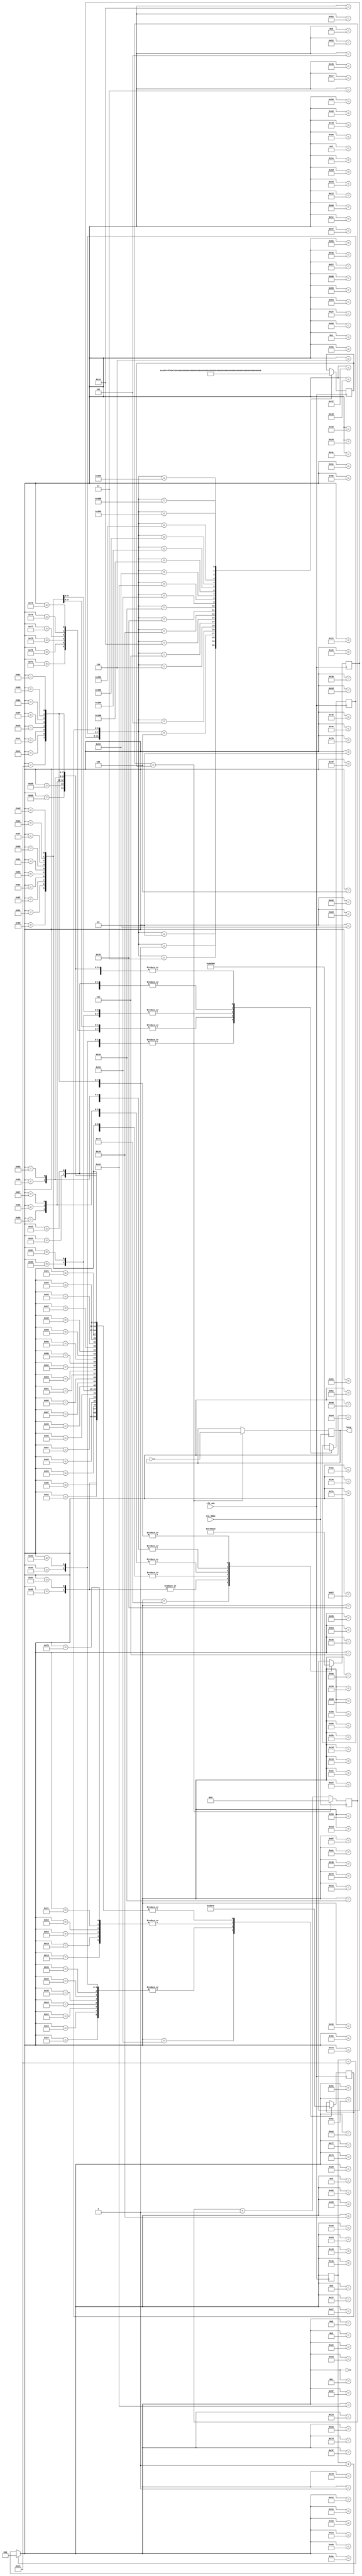
`timescale 1ns / 1ps
//////////////////////////////////////////////////////////////////////////////////
// Company: 
// Engineer: 
// 
// Design Name: 
// Module Name:    song3 
// Project Name: 
// Target Devices: 
// Tool versions: 
// Description: 
//
// Dependencies: 
//
// Revision: 
// Revision 0.01 - File Created
// Additional Comments: 
//
//////////////////////////////////////////////////////////////////////////////////

//song3
module song3(clk_5MHz,clk_4Hz,beep);
	
input clk_5MHz,clk_4Hz;				       //,50Mhz
output beep;					   //

reg  [3:0]high,med,low;
reg  [15:0]origin;
reg	beep_r;					   //
reg  [7:0]state;					   
reg  [15:0]count;			

assign beep = beep_r;	          //

always @(posedge clk_5MHz)
begin
	count <= count + 1'b1;					  //1
	if(count == origin)
	begin
		count <= 16'h0;					      //
		beep_r <= !beep_r;				      //
	end
end

always@(posedge clk_4Hz)
begin
	case({high,med,low})
		'b000000000001:origin=22900; //1
		'b000000000010:origin=20408; //2
		'b000000000011:origin=18181; //3
		'b000000000100:origin=17142; //4
		'b000000000101:origin=15267; //5
		'b000000000110:origin=13605; //6
		'b000000000111:origin=12121; //7
		'b000000010000:origin=11472; //1
		'b000000100000:origin=10216; //2
		'b000000110000:origin=9101;  //3
		'b000000111000:origin=8571;  //4
		'b000001010000:origin=7653;  //5
		'b000001100000:origin=6818;  //6
		'b000010000000:origin=6060;  //7
		'b000100000000:origin=5733;  //1
		'b001000000000:origin=5108;  //2
		'b001100000000:origin=4551;  //3
		'b001010000000:origin=4294;  //4
		'b010000000000:origin=3826;  //5
		'b011000000000:origin=3409;  //6
		'b010100000000:origin=3050;  //7
	endcase
end


always @(posedge clk_4Hz)	
begin
	if(state ==195)
		state = 0;
	else
		state = state + 1'b1; 
	case(state)
		0:								{high,med,low}='b000001100000;//6
		1:					    		{high,med,low}='b000010000000;//7
		2,3,4:						{high,med,low}='b000100000000;//1
		5:								{high,med,low}='b000010000000;//7
		6,7:                		{high,med,low}='b000100000000;//1
		8,9:							{high,med,low}='b001100000000;//3
		10,11,12,13,14,15:				            
										{high,med,low}='b000010000000;//7
		16,17:            		{high,med,low}='b000000110000;//3
		18,19,20:					{high,med,low}='b000001100000;//6
		21:		 					{high,med,low}='b000001010000;//5
		22,23:              	 	{high,med,low}='b000001100000;//6
		24,25:						{high,med,low}='b000000000111;//1
		26,27,28,29,30,31:
										{high,med,low}='b000001010000;//5   							
		32:				       	{high,med,low}='b000000110000;//3
		33:			          	{high,med,low}='b000000110000;//3
		
		34,35,36:				 	{high,med,low}='b000000111000;//4
		37:					    	{high,med,low}='b000000110000;//3
		38:					    	{high,med,low}='b000000111000;//4
		39,40,41:				 	{high,med,low}='b000100000000;//1
		42,43,44:             	{high,med,low}='b000000110000;//3
		45,46,47:			    	{high,med,low}='b000100000000;//1
		48,49,50:		       	{high,med,low}='b000010000000;//7
		51,52,53:             	{high,med,low}='b000000111000;//4
		54,55,56,57,58,59,60,61:
										{high,med,low}='b000010000000;//7
		62:					    	{high,med,low}='b000001100000;//6
		63:				       	{high,med,low}='b000010000000;//7
		
		64,65,66:	          	{high,med,low}='b000100000000;//1
		67:					    	{high,med,low}='b010100000000;//7
		68,69:			       	{high,med,low}='b000100000000;//1
		70,71:			       	{high,med,low}='b001100000000;//3
		72,73,74:				 	{high,med,low}='b000010000000;//7
		75,76:			       	{high,med,low}='b000000110000;//3
		77,78,79:    			 	{high,med,low}='b000001100000;//6
		80:					    	{high,med,low}='b000000000101;//5
		81,82:			       	{high,med,low}='b000001100000;//6			
		83,84:                	{high,med,low}='b000000000111;//1
		85,86,87,88,89,90:	 	{high,med,low}='b000001010000;//5   							
		91:				       	{high,med,low}='b000000110000;//3
		92:			          	{high,med,low}='b000000110000;//3
		
		93,94:			 		 	{high,med,low}='b000000111000;//4 
		95:					    	{high,med,low}='b000100000000;//1
		96,97,98:				 	{high,med,low}='b000010000000;//7
		99,100:					 	{high,med,low}='b000100000000;//1
		101,102:					 	{high,med,low}='b001000000000;//2
		103:						 	{high,med,low}='b001100000000;//3
		104,105,106,107,108,109:	
										{high,med,low}='b000100000000;//1
		110:		             	{high,med,low}='b000010000000;//7			
		111,112:					 	{high,med,low}='b000001100000;//6
		113,114:					 	{high,med,low}='b000010000000;//7
		115,116:					 	{high,med,low}='b000001010000;//5
		117,118,119,120,121,122:			
										{high,med,low}='b000001100000;//6
		123,124:					 	{high,med,low}='b000000000111;//1
		125:						 	{high,med,low}='b001000000000;//2
		
		126,127,128:    			{high,med,low}='b001100000000;//3
		129:							{high,med,low}='b001000000000;//2
		130,131:						{high,med,low}='b001100000000;//3			
		132,133:            		{high,med,low}='b010000000000;//5
		134,135,136,137,138,139:	
										{high,med,low}='b001000000000;//2
		140,141:						{high,med,low}='b000001010000;//5
		142,143,144:    			{high,med,low}='b000100000000;//1
		145:							{high,med,low}='b000010000000;//7
		146,147:						{high,med,low}='b000100000000;//1
		148,149,150,151,152,153,154,155:			
										{high,med,low}='b001100000000;//3
										
		156,157:						{high,med,low}='b000001100000;//6
		158,159:						{high,med,low}='b000010000000;//7			
		160,161,162,163:			
										{high,med,low}='b000100000000;//1
		164,165:						{high,med,low}='b000010000000;//7
		166,167:						{high,med,low}='b000100000000;//1
		168,169:						{high,med,low}='b001000000000;//2
		170,171,172:				{high,med,low}='b000100000000;//1	
		173,174,175,176,177,178:		
										{high,med,low}='b000001010000;//5
		179,180:						{high,med,low}='b001010000000;//4
		181,182:						{high,med,low}='b001100000000;//3								
		183,184,185:				{high,med,low}='b001000000000;//2
		186,187:						{high,med,low}='b000100000000;//1
		188,189,190,191,192,193,194,195:			
										{high,med,low}='b001100000000;//3	
	endcase
end

endmodule